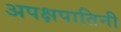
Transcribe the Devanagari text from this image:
अपक्षपातिनी